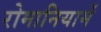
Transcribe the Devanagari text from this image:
रोमानियामें